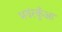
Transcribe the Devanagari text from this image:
भवंरकुँआ